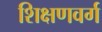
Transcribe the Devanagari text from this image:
शिक्षणवर्ग